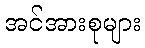
အင်အားစုများ